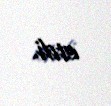
etdi.